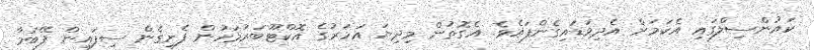
ކައުންސިލްގައި އެކަމަށް އެދިވަޑައިގެންފައެވެ. އެގޮތުން މިދިޔަ އަހަރުގެ އޮކްޓޫބަރުމަހުން ފެށިގެން ސިފައިން ފޭބުމާ